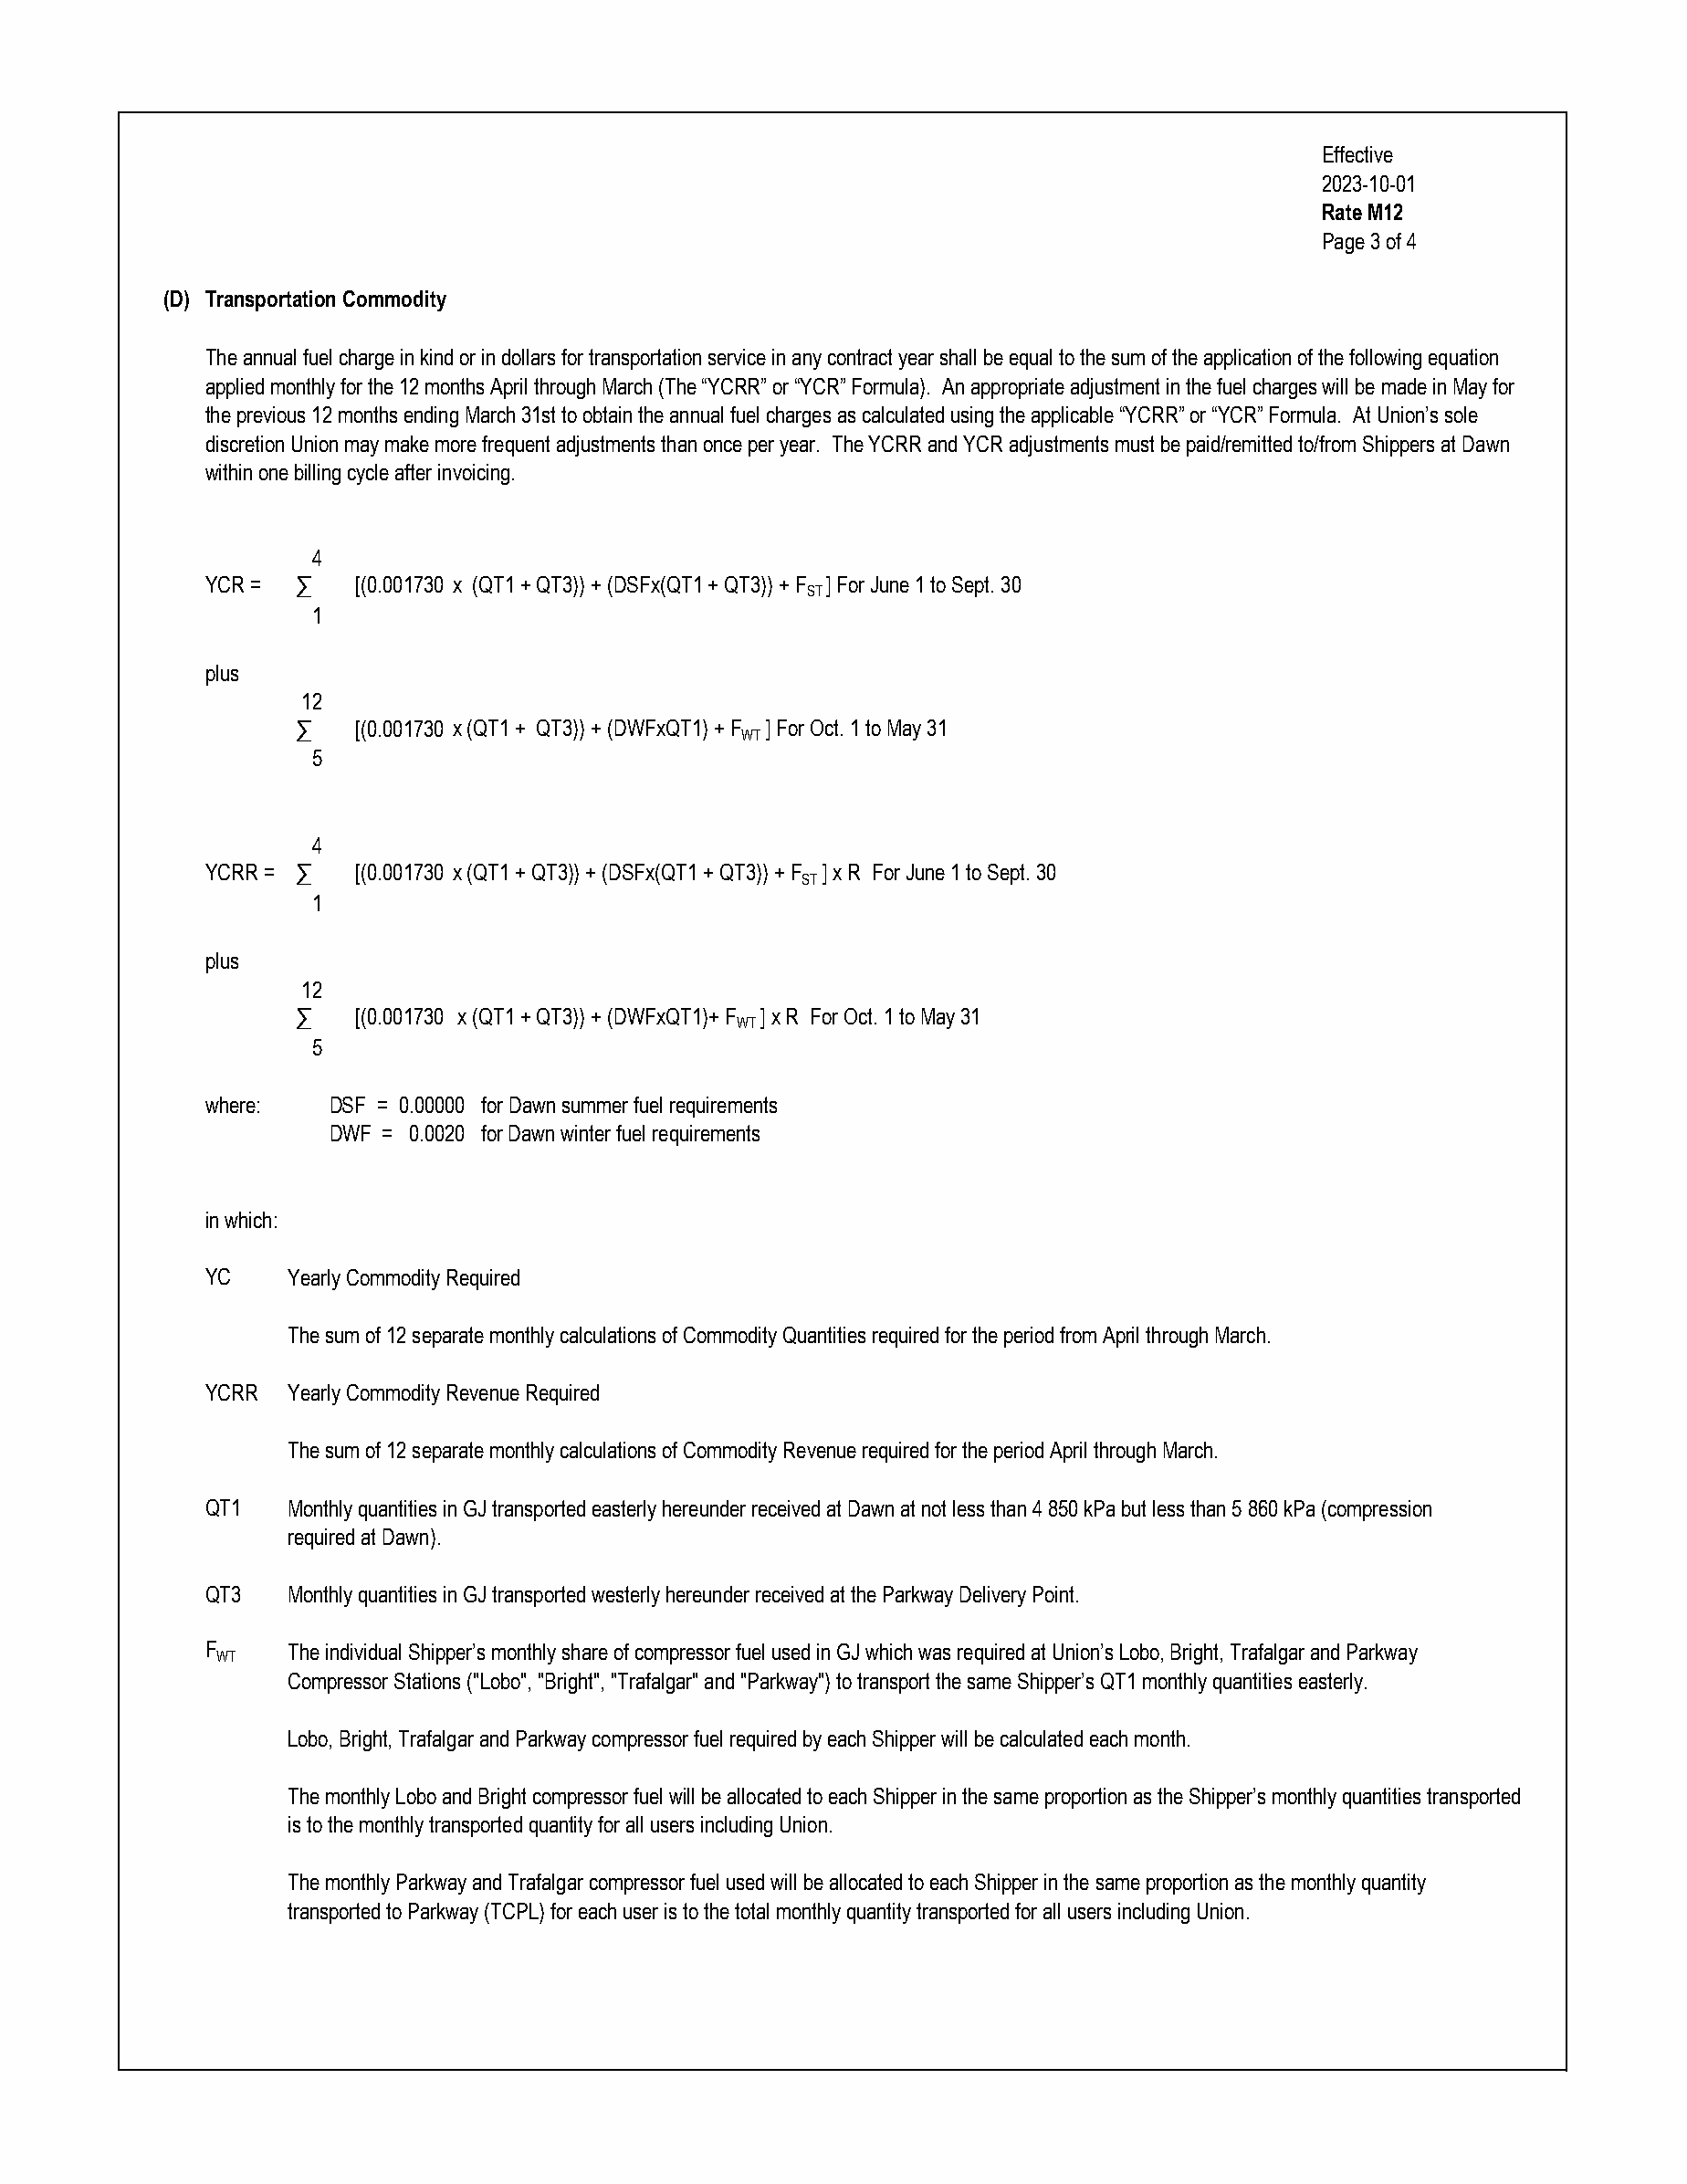
Effective
 2023-10-01
 Rate M12
 Page 3 of 4
 (D) Transportation Commodity
 The annual fuel charge in kind or in dollars for transportation service in any contract year shall be equal to the sum of the application of the following equation
 applied monthly for the 12 months April through March (The “YCRR” or “YCR” Formula). An appropriate adjustment in the fuel charges will be made in May for
 the previous 12 months ending March 31st to obtain the annual fuel charges as calculated using the applicable “YCRR” or “YCR” Formula. At Union’s sole
 discretion Union may make more frequent adjustments than once per year. The YCRR and YCR adjustments must be paid/remitted to/from Shippers at Dawn
 within one billing cycle after invoicing.
 4
 YCR = ∑    [(0.001730 x (QT1 + QT3)) + (DSFx(QT1 + QT3)) + F ] For June 1 to Sept. 30
 ST
 1
 plus
 12
 ∑    [(0.001730 x (QT1 + QT3)) + (DWFxQT1) + F ] For Oct. 1 to May 31
 WT
 5
 4
 YCRR = ∑   [(0.001730 x (QT1 + QT3)) + (DSFx(QT1 + QT3)) + F ] x R For June 1 to Sept. 30
 ST
 1
 plus
 12
 ∑    [(0.001730 x (QT1 + QT3)) + (DWFxQT1)+ F ] x R For Oct. 1 to May 31
 WT
 5
 where:   DSF = 0.00000 for Dawn summer fuel requirements
 DWF = 0.0020 for Dawn winter fuel requirements
 in which:
 YC    Yearly Commodity Required
 The sum of 12 separate monthly calculations of Commodity Quantities required for the period from April through March.
 YCRR  Yearly Commodity Revenue Required
 The sum of 12 separate monthly calculations of Commodity Revenue required for the period April through March.
 QT1   Monthly quantities in GJ transported easterly hereunder received at Dawn at not less than 4 850 kPa but less than 5 860 kPa (compression
 required at Dawn).
 QT3   Monthly quantities in GJ transported westerly hereunder received at the Parkway Delivery Point.
 F     The individual Shipper’s monthly share of compressor fuel used in GJ which was required at Union’s Lobo, Bright, Trafalgar and Parkway
 WT
 Compressor Stations ("Lobo", "Bright", "Trafalgar" and "Parkway") to transport the same Shipper’s QT1 monthly quantities easterly.
 Lobo, Bright, Trafalgar and Parkway compressor fuel required by each Shipper will be calculated each month.
 The monthly Lobo and Bright compressor fuel will be allocated to each Shipper in the same proportion as the Shipper’s monthly quantities transported
 is to the monthly transported quantity for all users including Union.
 The monthly Parkway and Trafalgar compressor fuel used will be allocated to each Shipper in the same proportion as the monthly quantity
 transported to Parkway (TCPL) for each user is to the total monthly quantity transported for all users including Union.